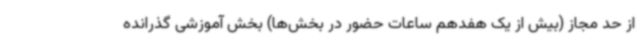
از حد مجاز (بیش از یک هفدهم ساعات حضور در بخش‌ها) بخش آموزشی گذرانده